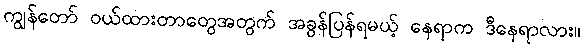
ကျွန်တော် ဝယ်ထားတာတွေအတွက် အခွန်ပြန်ရမယ့် နေရာက ဒီနေရာလား။